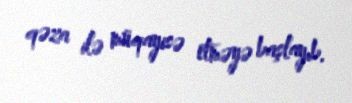
qəza ilə müqayisə etməyə başlayıb.